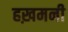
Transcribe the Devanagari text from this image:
हख़मनी